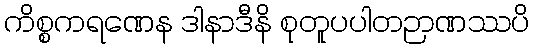
ကိစ္စကရဏေန ဒါနာဒီနိ စုတူပပါတဉာဏဿပိ